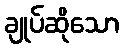
ချုပ်ဆိုသော